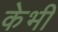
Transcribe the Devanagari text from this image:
केभी